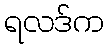
ရလဒ်က